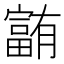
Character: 𪧰